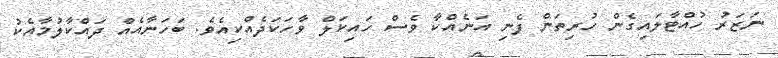
ނަޒަރު ހުއްޓާލައިގެން ހުރިތަން ފެނި އަނެއްކާ ވެސް ހައިކަލް ވާހަކަދެއްކިއެވެ. ބަހަނާއެއް ދައްކާލުމާއެކު